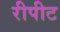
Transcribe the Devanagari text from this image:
रीपीट